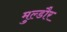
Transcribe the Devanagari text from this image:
मुल्डौर